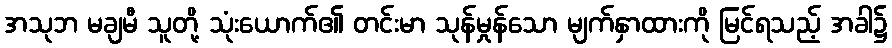
အသုဘ မချမီ သူတို့ သုံးယောက်၏ တင်းမာ သုန်မှုန်သော မျက်နှာထားကို မြင်ရသည့် အခါ၌